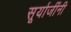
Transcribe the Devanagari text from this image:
सूर्याजींनी